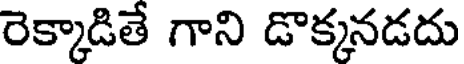
రెక్కాడితే గాని డొక్కనడదు